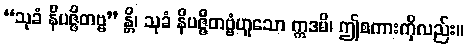
“သုခံ နိပဇ္ဇိတဗ္ဗ” န္တိ၊ သုခံ နိပဇ္ဇိတဗ္ဗံဟူသော ဣဒမိ၊ ဤစကားကိုလည်း။